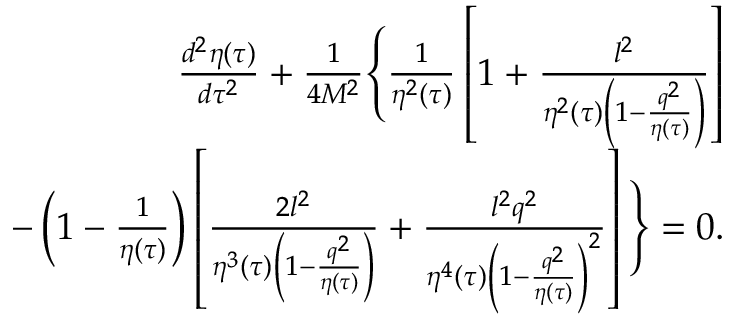
\begin{array} { r l r } & { } & { \frac { d ^ { 2 } \eta ( \tau ) } { d \tau ^ { 2 } } + \frac { 1 } { 4 M ^ { 2 } } \Bigg \{ \frac { 1 } { \eta ^ { 2 } ( \tau ) } \left[ 1 + \frac { l ^ { 2 } } { \eta ^ { 2 } ( \tau ) \left( 1 - \frac { q ^ { 2 } } { \eta ( \tau ) } \right) } \right] } \\ & { } & { - \left( 1 - \frac { 1 } { \eta ( \tau ) } \right) \left[ \frac { 2 l ^ { 2 } } { \eta ^ { 3 } ( \tau ) \left( 1 - \frac { q ^ { 2 } } { \eta ( \tau ) } \right) } + \frac { l ^ { 2 } q ^ { 2 } } { \eta ^ { 4 } ( \tau ) \left( 1 - \frac { q ^ { 2 } } { \eta ( \tau ) } \right) ^ { 2 } } \right] \Bigg \} = 0 . } \end{array}